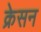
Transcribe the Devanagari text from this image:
क्रेसन